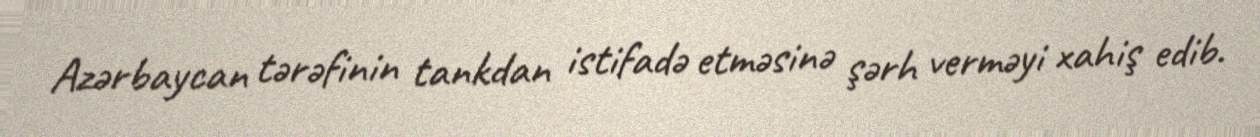
Azərbaycan tərəfinin tankdan istifadə etməsinə şərh verməyi xahiş edib.